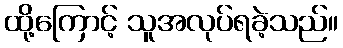
ထို့ကြောင့် သူအလုပ်ရခဲ့သည်။